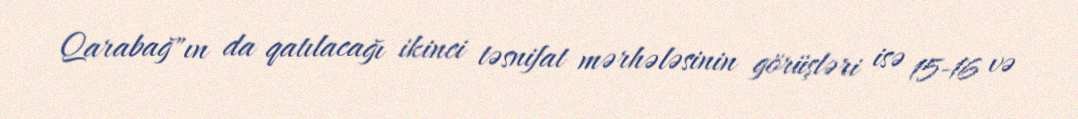
Qarabağ"ın da qatılacağı ikinci təsnifat mərhələsinin görüşləri isə 15-16 və